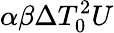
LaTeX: \alpha\beta\Delta T_{0}^{2}U